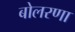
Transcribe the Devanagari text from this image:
बोलरणा